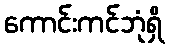
ကောင်းကင်ဘုံရှိ